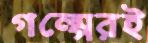
গল্পেরই